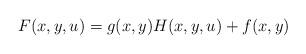
LaTeX: \begin{align*}F(x,y,u) =g(x,y)H(x,y,u)+f(x,y)\end{align*}